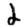
Digit: 2